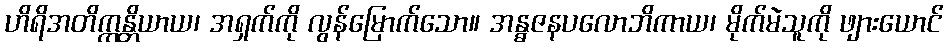
ဟိရိအတိက္ကန္တိယာယ၊ အရှက်ကို လွန်မြောက်သော။ အန္ဓဇနပလောဘိကာယ၊ မိုက်မဲသူကို ဖျားယောင်